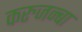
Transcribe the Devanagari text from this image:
करुजन्बा